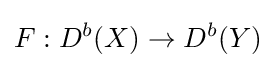
F:D^{b}(X)\to D^{b}(Y)